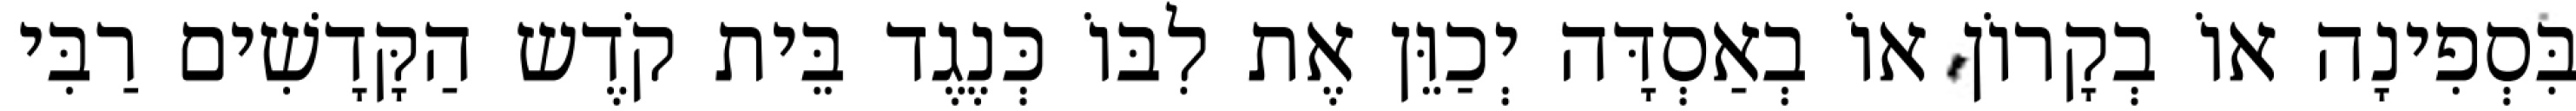
בִּסְפִינָה אוֹ בְקָרוֹן אוֹ בְאַסְדָּה יְכַוֵּן אֶת לִבּוֹ כְּנֶגֶד בֵּית קֹדֶש הַקָּדָשִׁים רַבִּי